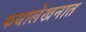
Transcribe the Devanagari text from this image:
कथालेखनात